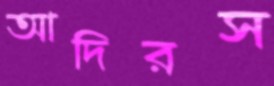
আদিরস